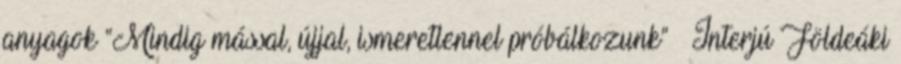
anyagok “Mindig mással, újjal, ismeretlennel próbálkozunk” – Interjú Földeáki